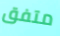
متفق